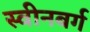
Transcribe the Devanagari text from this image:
स्वीनबर्ग